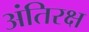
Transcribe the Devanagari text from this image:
अंतिरक्ष